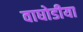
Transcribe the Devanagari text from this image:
वाघोडीया